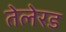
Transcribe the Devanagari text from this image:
तेलेरड